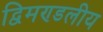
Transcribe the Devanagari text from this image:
द्विमण्डलीय